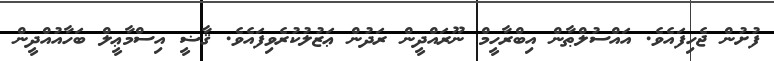
ފުށުން ޖެހިފައެވެ. އައްސުލްޠާން އިބްރާހީމް ނޫރައްދީން ރަދުން ޢަޒުލުކުރެވިފައެވެ. ޤާޟީ އިސްމާޢީލް ބަހާއުއްދީން